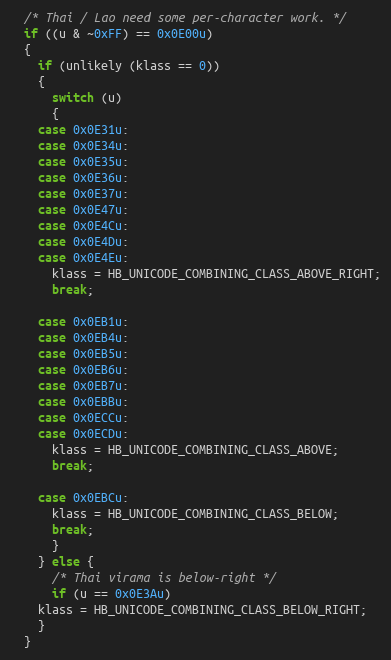
Language: C++
  /* Thai / Lao need some per-character work. */
  if ((u & ~0xFF) == 0x0E00u)
  {
    if (unlikely (klass == 0))
    {
      switch (u)
      {
	case 0x0E31u:
	case 0x0E34u:
	case 0x0E35u:
	case 0x0E36u:
	case 0x0E37u:
	case 0x0E47u:
	case 0x0E4Cu:
	case 0x0E4Du:
	case 0x0E4Eu:
	  klass = HB_UNICODE_COMBINING_CLASS_ABOVE_RIGHT;
	  break;

	case 0x0EB1u:
	case 0x0EB4u:
	case 0x0EB5u:
	case 0x0EB6u:
	case 0x0EB7u:
	case 0x0EBBu:
	case 0x0ECCu:
	case 0x0ECDu:
	  klass = HB_UNICODE_COMBINING_CLASS_ABOVE;
	  break;

	case 0x0EBCu:
	  klass = HB_UNICODE_COMBINING_CLASS_BELOW;
	  break;
      }
    } else {
      /* Thai virama is below-right */
      if (u == 0x0E3Au)
	klass = HB_UNICODE_COMBINING_CLASS_BELOW_RIGHT;
    }
  }